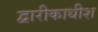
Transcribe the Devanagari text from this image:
द्वारीकाधीश